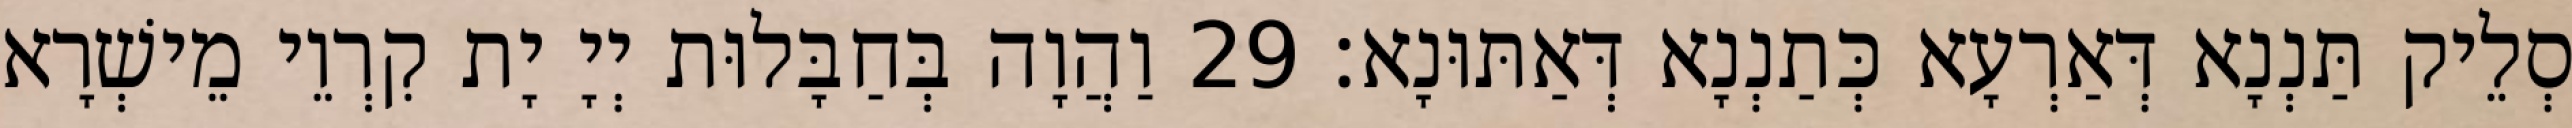
סְלֵיק תַּנְנָא דְּאַרְעָא כְּתַנְנָא דְּאַתּוּנָא׃ 29 וַהֲוָה בְּחַבָּלוּת יְיָ יָת קִרְוֵי מֵישְׁרָא